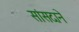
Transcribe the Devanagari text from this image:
सांसदाने